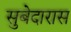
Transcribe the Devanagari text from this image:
सुबेदारास